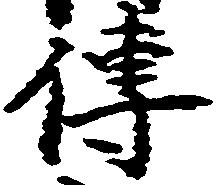
伝